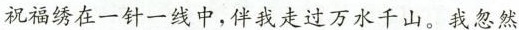
祝福绣在一针一线中，伴我走过万水千山。我忽然